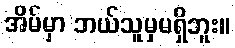
အိမ်မှာ ဘယ်သူမှမရှိဘူး။